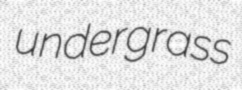
undergrass